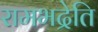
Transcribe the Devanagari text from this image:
रामभद्रेति